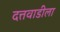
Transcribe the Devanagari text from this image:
दत्तवाडीला